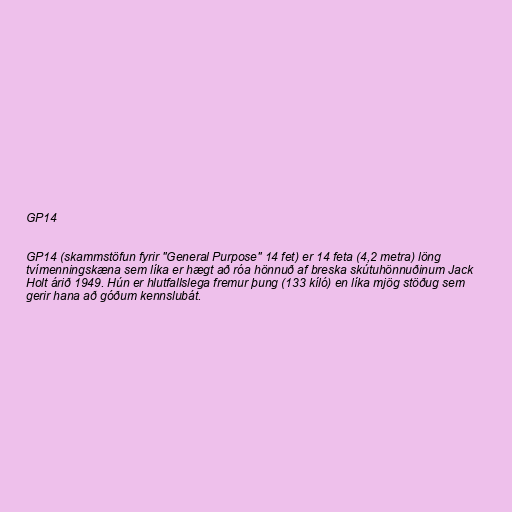
GP14

GP14 (skammstöfun fyrir "General Purpose" 14 fet) er 14 feta (4,2 metra) löng
tvímenningskæna sem líka er hægt að róa hönnuð af breska skútuhönnuðinum Jack
Holt árið 1949. Hún er hlutfallslega fremur þung (133 kíló) en líka mjög stöðug sem
gerir hana að góðum kennslubát.